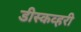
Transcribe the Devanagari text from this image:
डीस्कव्हरी